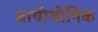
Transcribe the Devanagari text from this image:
ब्रायोथोनिक